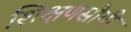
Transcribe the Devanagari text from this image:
शिक्षणसोयी